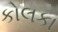
કોલકા